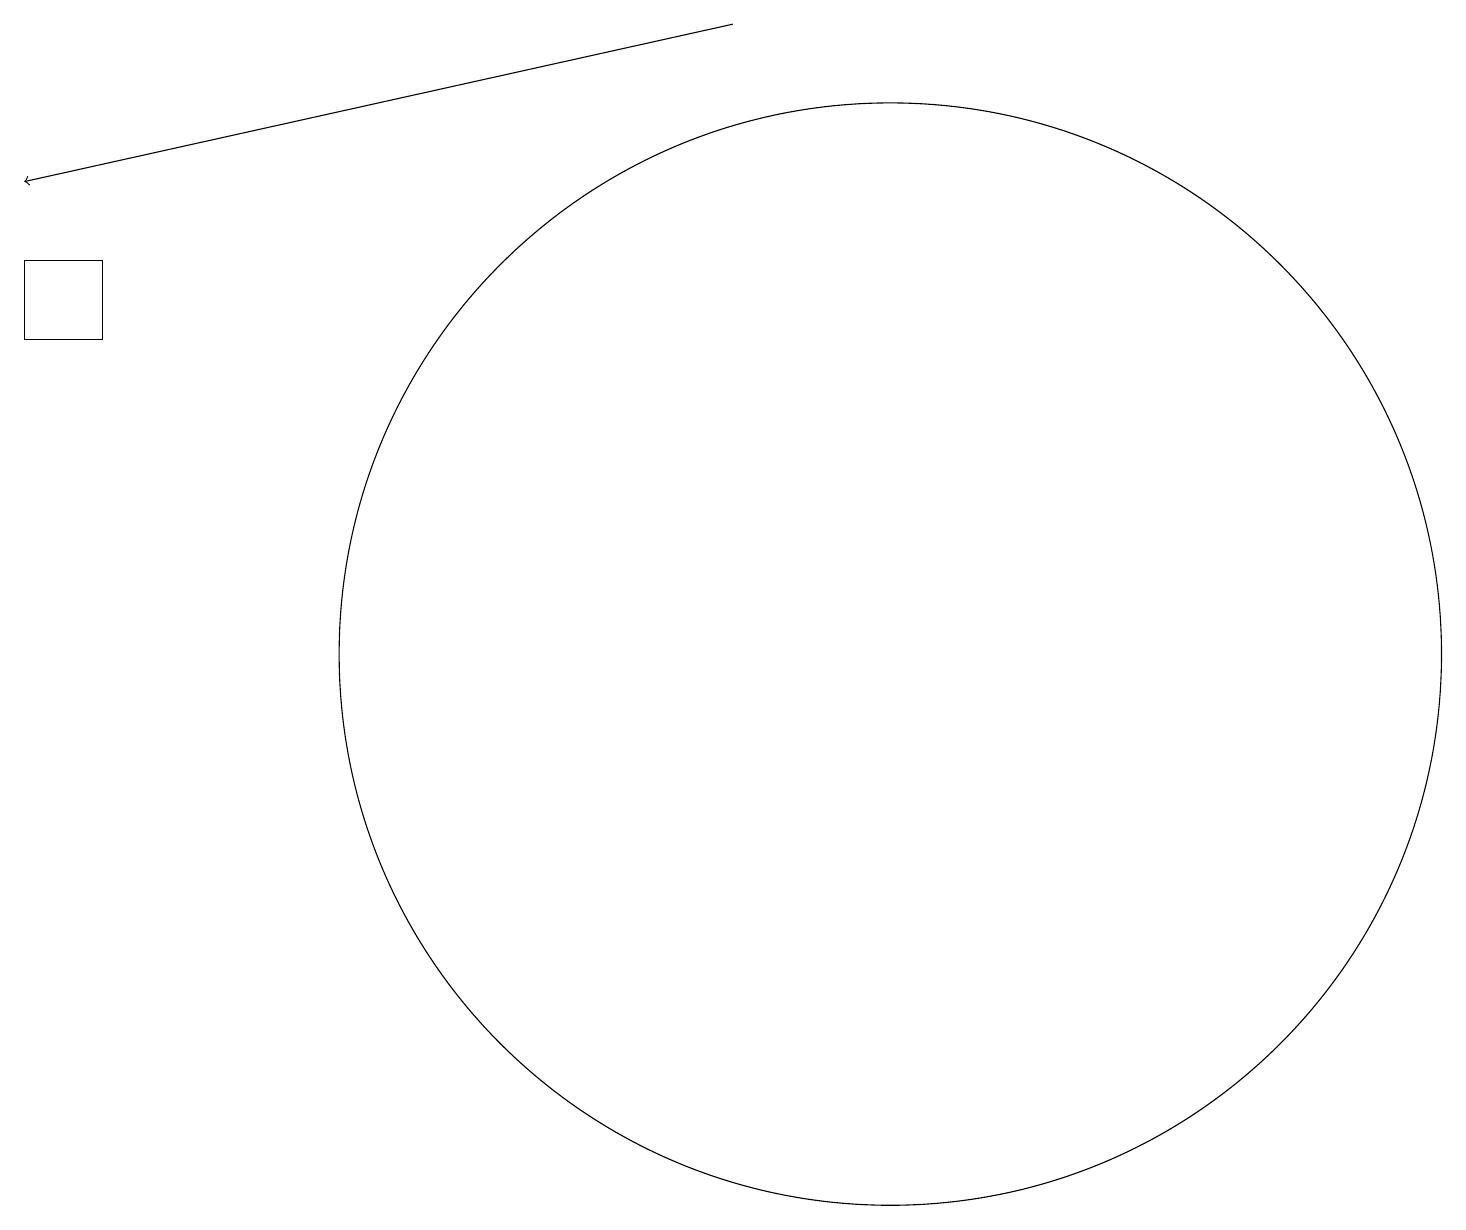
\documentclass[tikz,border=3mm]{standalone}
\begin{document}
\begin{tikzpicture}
\draw[->] (9,19) -- (0,17);
\draw (11,11) circle (7);
\draw (0,16) rectangle (1,15);
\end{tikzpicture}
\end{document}